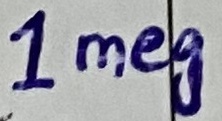
Text: 1Meg